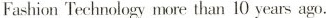
Fashion Technology more than 10 years ago.